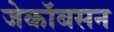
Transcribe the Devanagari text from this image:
जेकॉबसन